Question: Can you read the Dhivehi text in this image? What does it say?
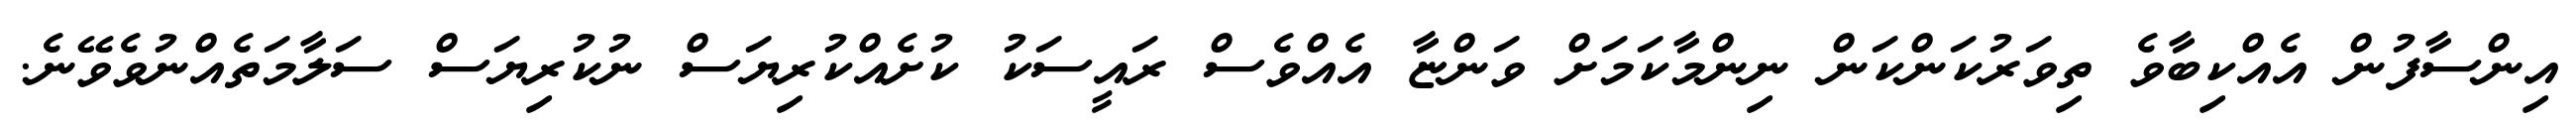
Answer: އިންސާފުން އެއްކިބާވެ ތިވަރުކަންކަން ނިންމާކަމަށް ވަންޏާ އެއްވެސް ރައީސަކު ކުށެއްކުރިޔަސް ނުކުރިޔަސް ސަލާމަތެއްނުވެވޭނެ.